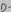
Text: D-